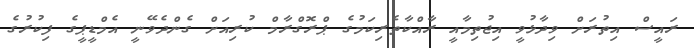
ރައީސް އިތުރަށް ވިދާޅުވީ އިޖުތިމާއީ ރާއްކާތެރިކަމުގެ ޕްރޮގްރާމް ކުރިއަށް ގެންދެވޭނީ އެމްޑީޕީގެ ފިކުރުގެ